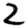
Digit: 2